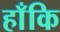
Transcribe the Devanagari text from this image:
हाँकि